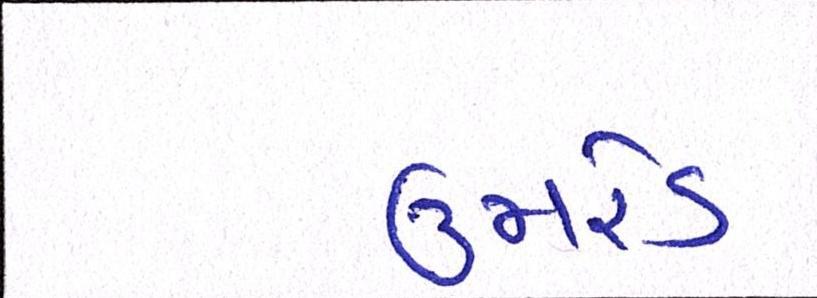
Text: ઉમરેડ